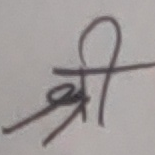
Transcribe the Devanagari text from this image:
श्री